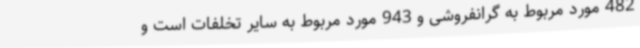
482 مورد مربوط به گرانفروشی و 943 مورد مربوط به سایر تخلفات است و